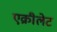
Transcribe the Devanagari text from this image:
एक्रीलेट